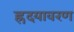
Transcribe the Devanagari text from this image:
ह्रदयावरण